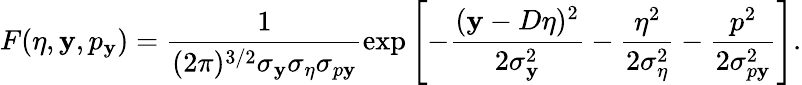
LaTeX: F(\eta,\mathbf{y},p_{\mathbf{y}})=\frac{{1}}{{(2\pi)^{3/2}\sigma_{\mathbf{y}}\sigma_{\eta}\sigma_{p\mathbf{y}}}}\exp\left[-\frac{{(\mathbf{y}-D\eta)^{2}}}{{2\sigma_{\mathbf{y}}^{2}}}-\frac{{\eta^{2}}}{{2\sigma_{\eta}^{2}}}-\frac{{p^{2}}}{{2\sigma_{p\mathbf{y}}^{2}}}\right].